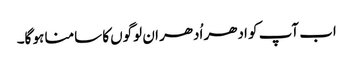
اب آپ کو ادھر اُدھر ان لوگوں کا سامنا ہو گا۔